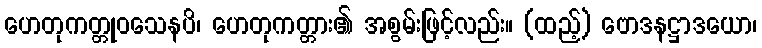
ဟေတုကတ္တုဝသေနပိ၊ ဟေတုကတ္တား၏ အစွမ်းဖြင့်လည်း။ (ထည့်) ဗောဒနဋ္ဌာဒယော၊